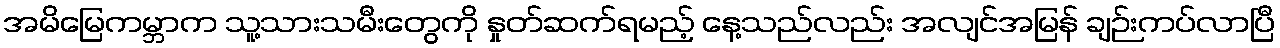
အမိမြေကမ္ဘာက သူ့သားသမီးတွေကို နှုတ်ဆက်ရမည့် နေ့သည်လည်း အလျင်အမြန် ချဉ်းကပ်လာပြီ